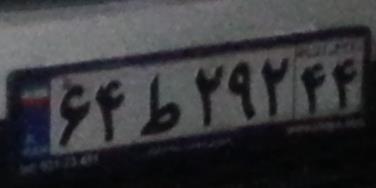
۶۴ط۲۹۲۴۴